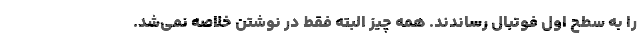
را به سطح اول فوتبال رساندند. همه چیز البته فقط در نوشتن خلاصه نمی‌شد.